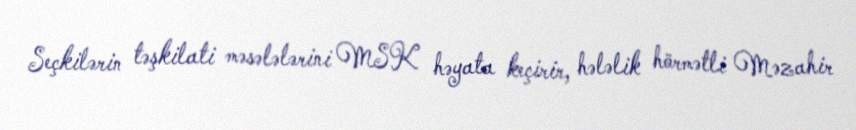
Seçkilərin təşkilati məsələlərini MSK həyata keçirir, hələlik hörmətli Məzahir